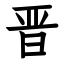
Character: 晋